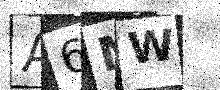
Text: A6MW